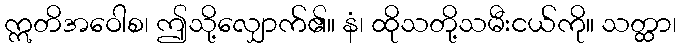
ဣတိအဝေါစ၊ ဤသို့လျှောက်၏။ နံ၊ ထိုသတို့သမီးငယ်ကို။ သတ္ထာ၊